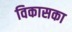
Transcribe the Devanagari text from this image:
विकासका